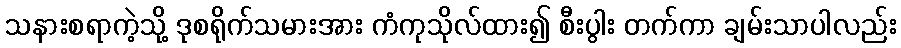
သနားစရာကဲ့သို့ ဒုစရိုက်သမားအား ကံကုသိုလ်ထား၍ စီးပွါး တက်ကာ ချမ်းသာပါလည်း